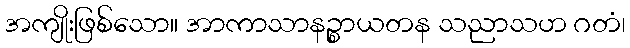
အကျိုးဖြစ်သော။ အာကာသာနဉ္စာယတန သညာသဟ ဂတံ၊